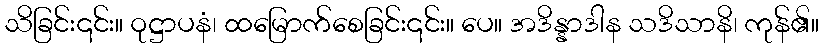
သိခြင်း၎င်း။ ဝုဋ္ဌာပနံ၊ ထမြောက်စေခြင်း၎င်း။ ပေ။ အဒိန္နာဒါန သဒိသာနိ၊ ကုန်၏။